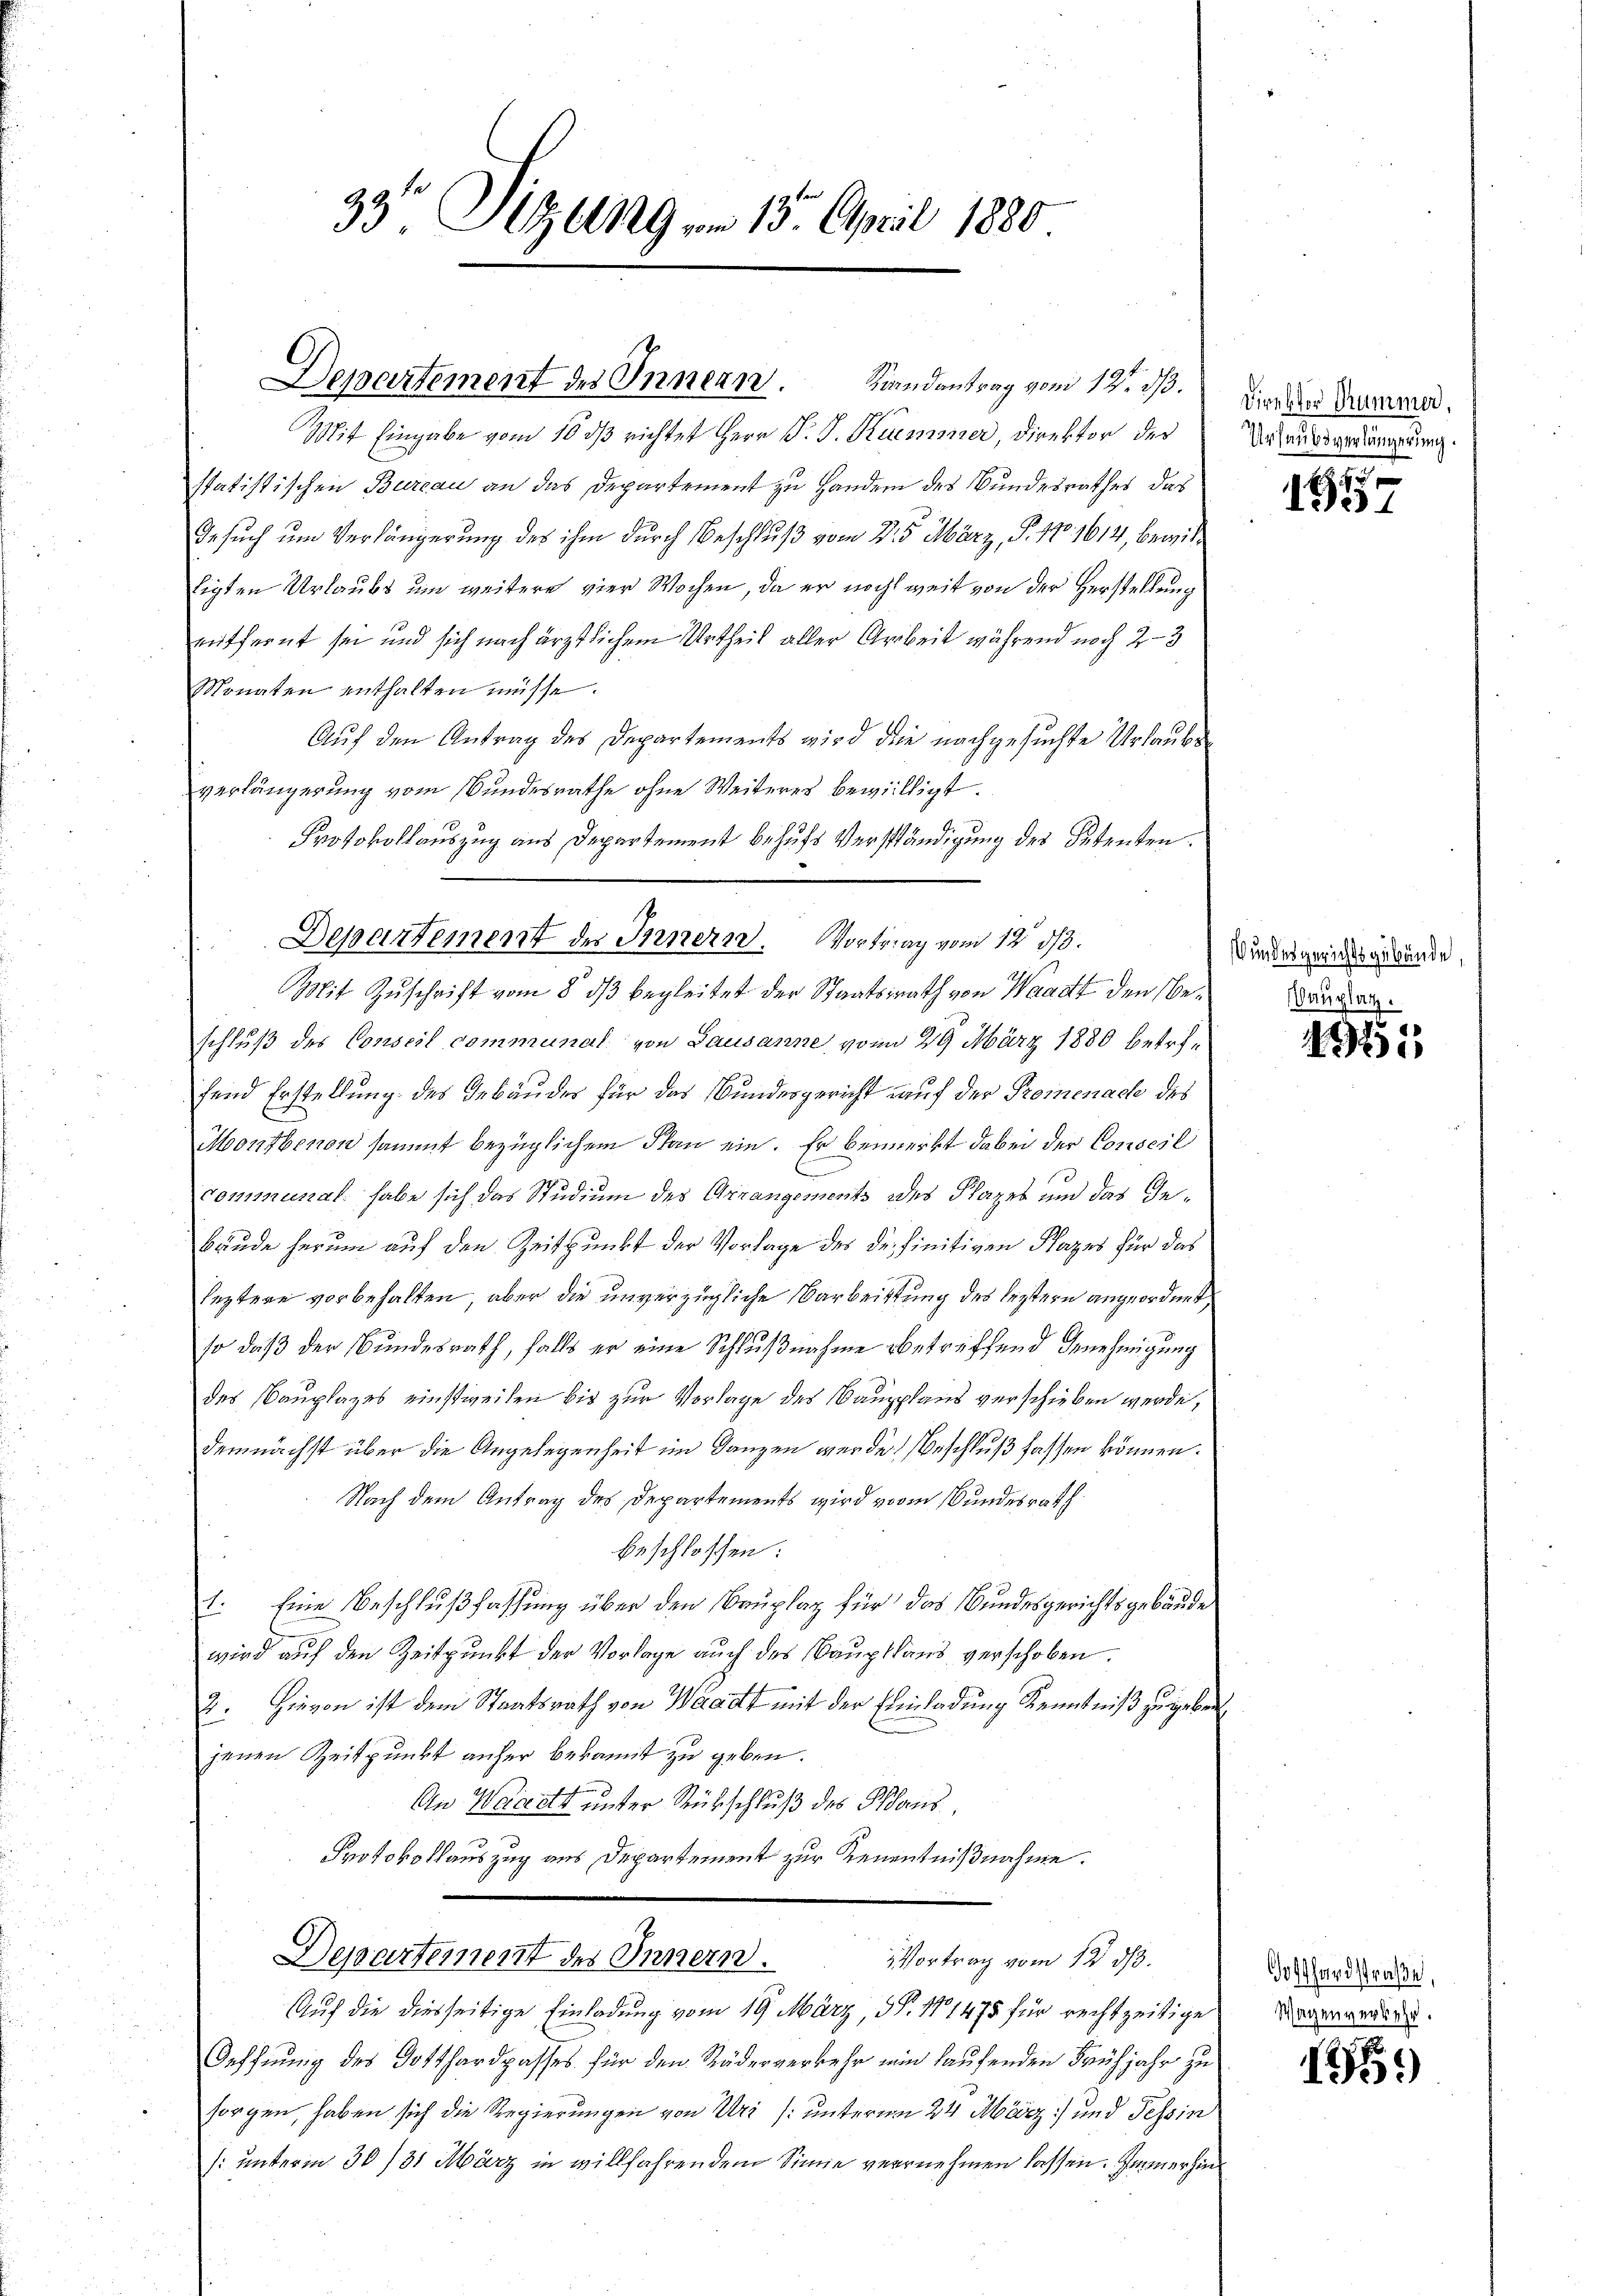
Departement des Innern.

33° Sizung vom 13. April 1880

Mit Eingabe vom 10 dß richtet Herr P. J. Kummer, Direktor der
statistischen Bureau an das Departement zu Handern des Bundesrathes das
Gesuch um Verhängerung des ihm durch Beschluß vom 25. März, P. Nr. 1614, bewil
tigten Urlaubs um weitere vier Wochen, da er noch weit von der Herstellung
entfernt sei und sich nach ärztlichem Urtheil aller Arbeit während noch 2-3
Monaten enthalten müsse.
Auf den Antrag des Departements wird die nachgesuchte Urlaube
verlängerung vom Bundesrathe ohne Weiteres bewilligt.
Protokollauszug aus Departement behufs Verständigung des Petenten.
Mit Zuschrift vom 8. dβ begleitet der Staatsrath von Waadt den Beschluß des Conseil communal von Lausanne von 29 März 1880 betreffend Erstellung des Gebäudes für das Bundesgericht auf der Promenach des
Monfbenon sammt bezüglichem Plan ein. Er bemerkt dabei der Conseil
communal habe sich das Studium des Arrangements des Plazes und das Ge¬
Bäude herum auf den Zeitpunkt der Vorlage des definitiven Fazes für das
leztere vorbehalten, aber die unverzügliche Narbeittung des leztern angeordnet
so daß der Bundesrath, falls er eine Schlußnahme betreffend Genehmigung
des Bauplazes einstweilen bis zur Vorlage des Baupplans verschieben werde,
demnächst über die Angelegenheit im Ganzen werde Beschluß fassen können.
Nach dem Antrag des Departements wird vom Bundesrath
beschlossen:
1. Eine Beschlußfassung über den Bauplag für das Bundesgerichtsgebäude
wird auf den Zeitpunkt der Vorlage auch des Baupfland verschoben.
2. Hievon ist dem Staatsrath von Waadt mit der Einladung Kenntniß zugeben
jenen Zeitpunkt anher bekannt zu geben.
n
An Waadt unter Rückschluß des Paus
Protokollauszug aus Departement zur Kenntnißnahme.
Departement des Innern.
Vortrag vom 12 ds.
Auf die diesseitige Einladung vom 19. März, S. 11475 für rechtzeitige
Oeffnung des Gotthardpasses für den Räderverkehr ein laufenden Frühjahr zu
sorgen, haben sich die Regierungen von Uri (unterm 24 März) und Tessin
/: unterm 30/31 März in willfahrendem Sinne vernehmen lassen. Immerhin

Srandantrag vom 12. dß.

Departement des Innern. Vortrag vom 12 ds.

Direktor Kummer,
Urlaubsverlängerung.

845.
1

undesgerichtsgebäude,

Bauplatz.
4955

Goßhardstraße,
Wagen verkehr.

1